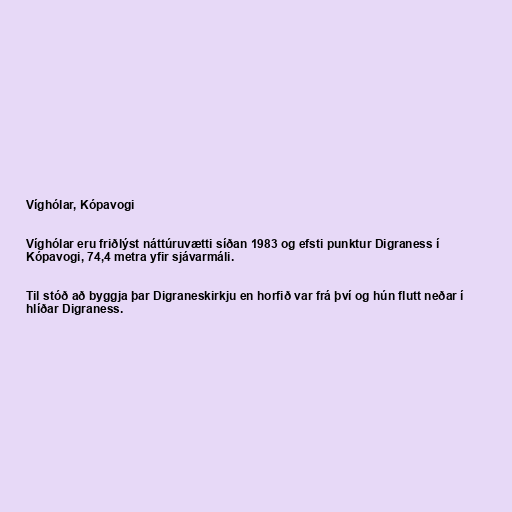
Víghólar, Kópavogi

Víghólar eru friðlýst náttúruvætti síðan 1983 og efsti punktur Digraness í
Kópavogi, 74,4 metra yfir sjávarmáli.

Til stóð að byggja þar Digraneskirkju en horfið var frá því og hún flutt neðar í
hlíðar Digraness.